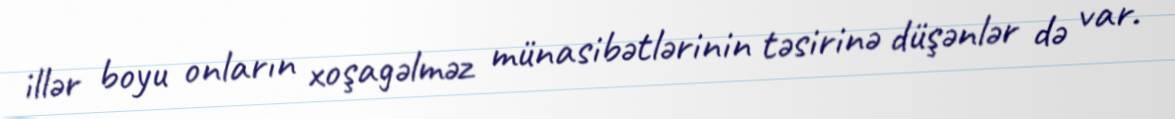
illər boyu onların xoşagəlməz münasibətlərinin təsirinə düşənlər də var.